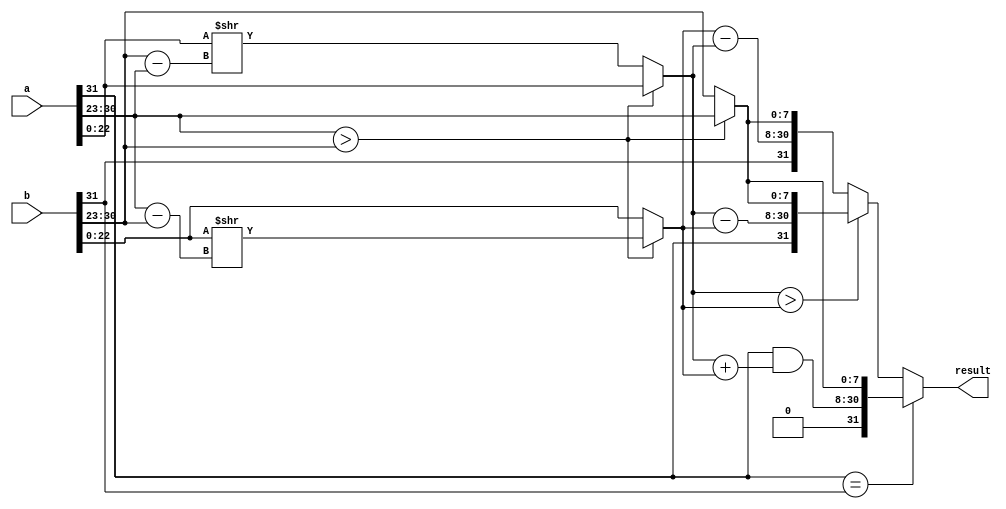
module floating_point_adder (
    input [31:0] a, 
    input [31:0] b, 
    output reg [31:0] result
);

reg [7:0] expo_a, expo_b, expo_result;
reg [22:0] mant_a, mant_b, mant_result;

always @* begin
    // Extract exponent and mantissa
    expo_a = a[30:23];
    expo_b = b[30:23];
    
    mant_a = {1'b1, a[22:0]};
    mant_b = {1'b1, b[22:0]};

    // Perform arithmetic operation
    if (expo_a > expo_b) begin
        expo_result = expo_a;
        mant_b = mant_b >> (expo_a - expo_b);
    end else begin
        expo_result = expo_b;
        mant_a = mant_a >> (expo_b - expo_a);
    end

    if (a[31] == b[31]) begin
        result = {a[31] & (mant_a + mant_b), expo_result};
    end else begin
        if (mant_a > mant_b) begin
            result = {a[31], mant_a - mant_b, expo_result};
        end else begin
            result = {b[31], mant_b - mant_a, expo_result};
        end
    end
end

endmodule